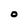
Character: O